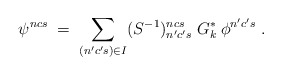
\begin{align*}\psi^{ncs} \;=\; \sum_{(n'c's) \in I} (S^{-1})^{ncs}_{n'c's}\; G_k^*\:\phi^{n'c's}\;. \end{align*}